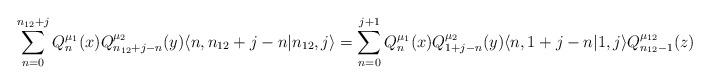
LaTeX: \begin{align*} \displaystyle\sum\limits_{n = 0}^{n_{12} + j} Q_{n}^{\mu_1}(x) Q_{n_{12}+j-n}^{\mu_2}(y) \langle n, n_{12}+j-n |n_{12},j\rangle = \displaystyle\sum\limits_{n = 0}^{j+1} Q_{n}^{\mu_1}(x) Q_{1+ j-n}^{\mu_2}(y) \langle n, 1+j-n | 1,j\rangle Q_{n_{12}-1}^{\mu_{12}}(z)\end{align*}